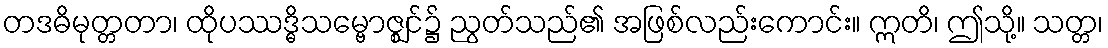
တဒဓိမုတ္တတာ၊ ထိုပဿဒ္ဓိသမ္ဗောဇ္ဈင်၌ ညွတ်သည်၏ အဖြစ်လည်းကောင်း။ ဣတိ၊ ဤသို့။ သတ္တ၊